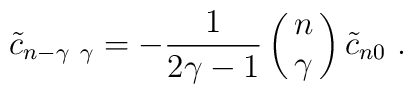
{\tilde c}_{n -\gamma\ \gamma} = -{1\over 2\gamma-1}\left(\matrix{n\cr \gamma\cr}\right){\tilde c}_{n 0}\ .